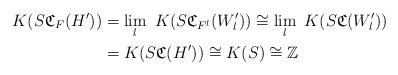
LaTeX: \begin{align*} K (S{\frak C}_F(H')) & = \lim_l \ K(S{\frak C}_{F^l}(W'_l)) \cong \lim_l \ K(S{\frak C}(W'_l)) \\& = K (S{\frak C}(H')) \cong K(S) \cong {\mathbb Z} \end{align*}